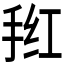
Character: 𭠲